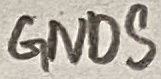
Text: GNDS